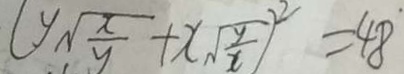
( y \sqrt { \frac { x } { y } } + x \sqrt { \frac { y } { x } } ) ^ { 2 } = 4 8 ^ { . }